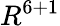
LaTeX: R^{6+1}